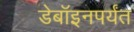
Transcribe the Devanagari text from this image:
डेबॉइनपर्यंत